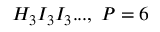
H _ { 3 } I _ { 3 } I _ { 3 } . . . , \; P = 6